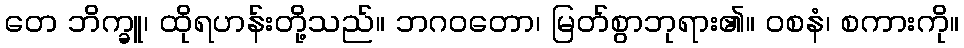
တေ ဘိက္ခူ၊ ထိုရဟန်းတို့သည်။ ဘဂဝတော၊ မြတ်စွာဘုရား၏။ ဝစနံ၊ စကားကို။